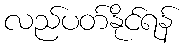
လည်ပတ်နိုင်ရန်